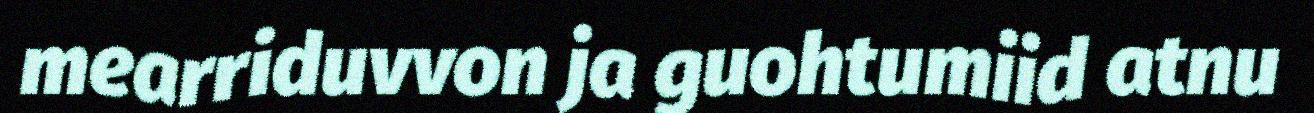
mearriduvvon ja guohtumiid atnu